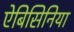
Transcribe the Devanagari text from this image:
ऐबिसिनिया